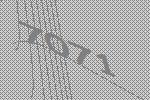
7071